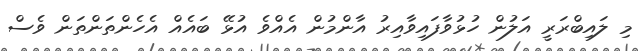
މި ލައިބްރަރީ އަލުން ހުޅުވާފައިވާއިރު އާންމުން އެއްވެ އުޅޭ ބައެއް އެހެންތަންތަން ވެސް